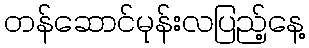
တန်ဆောင်မုန်းလပြည့်နေ့